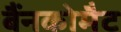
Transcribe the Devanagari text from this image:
बैंनकोमैट